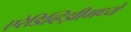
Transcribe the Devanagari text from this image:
एरेडिव्हिझीमध्ये